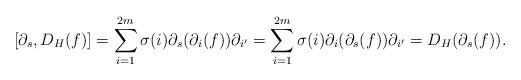
LaTeX: \begin{align*}[\partial_s,D_H(f)]=\sum_{i=1}^{2m}\sigma(i)\partial_s(\partial_i(f))\partial_{i'}=\sum_{i=1}^{2m}\sigma(i)\partial_i(\partial_s(f))\partial_{i'}=D_H(\partial_s(f)).\end{align*}